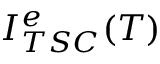
I _ { T S C } ^ { e } ( T )